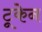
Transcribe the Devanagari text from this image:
टूकेन